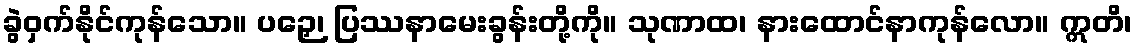
ခွဲဝှက်နိုင်ကုန်သော။ ပဉှေ၊ ပြဿနာမေးခွန်းတို့ကို။ သုဏာထ၊ နားထောင်နာကုန်လော။ ဣတိ၊